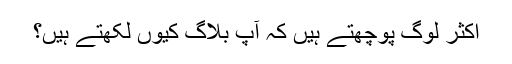
اکثر لوگ پوچھتے ہیں کہ آپ بلاگ کیوں لکھتے ہیں؟